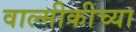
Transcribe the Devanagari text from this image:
वाल्मीकीच्या